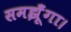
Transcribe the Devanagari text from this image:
समझूँगा।